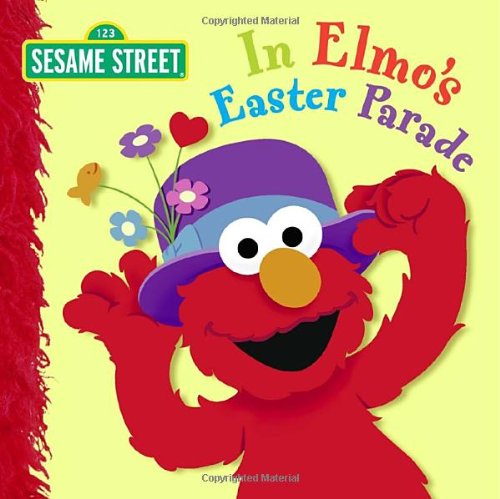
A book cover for In Elmo's Easter Parade (Sesame Street); Naomi Kleinberg; Children's Books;